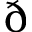
\eth